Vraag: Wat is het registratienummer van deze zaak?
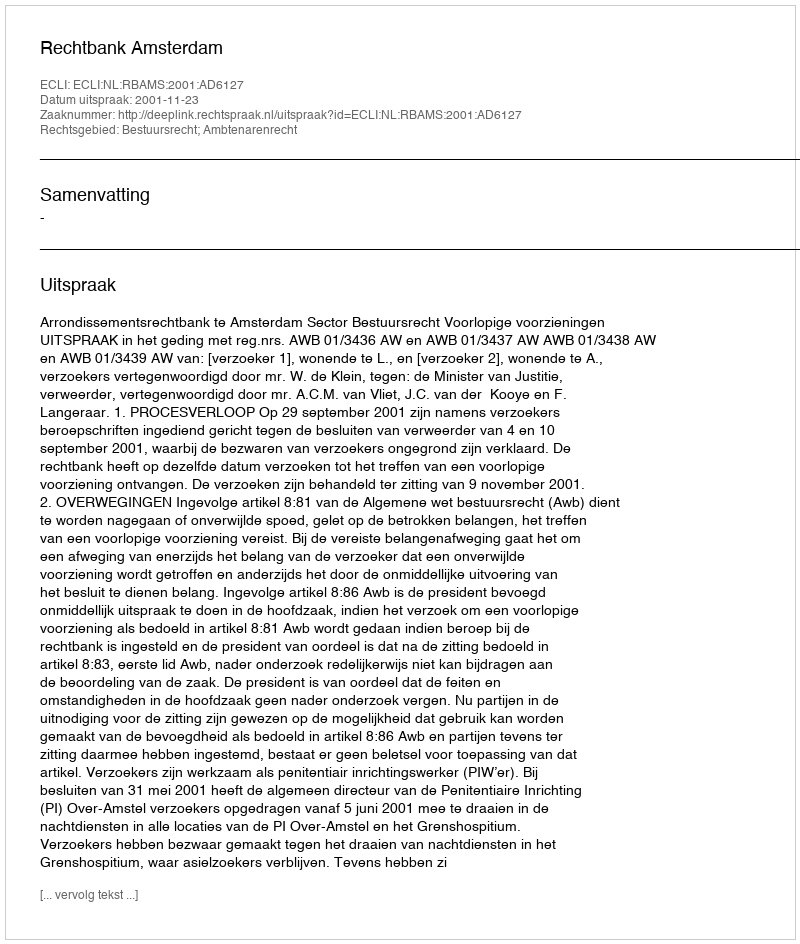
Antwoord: http://deeplink.rechtspraak.nl/uitspraak?id=ECLI:NL:RBAMS:2001:AD6127